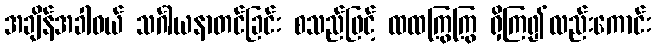
အချိန်အခါဝယ် သင်္ဂါယနာတင်ခြင်း စသည်ဖြင့် ထထကြွကြွ ရှိကြ၍လည်းကောင်း